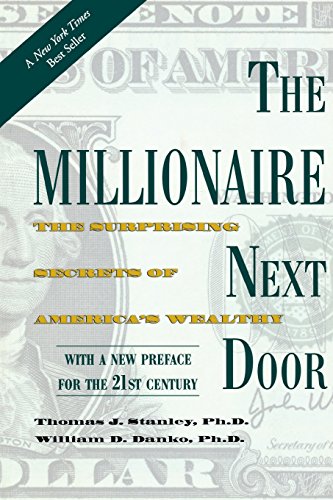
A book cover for The Millionaire Next Door: The Surprising Secrets of America's Wealthy; Thomas J. Stanley; Business & Money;